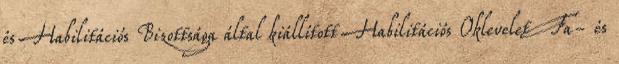
és Habilitációs Bizottsága által kiállított Habilitációs Oklevelet Fa- és